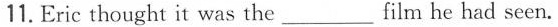
11. Eric thought it was the___film he had seen.